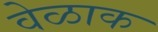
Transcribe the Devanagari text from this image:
वेळाक